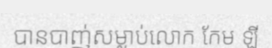
បានបាញ់សម្លាប់លោក កែម ឡី